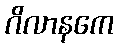
ဂိလာနကေ